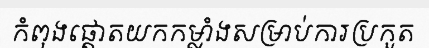
កំពុងផ្តោតយកកម្លាំងសម្រាប់ការប្រកួត